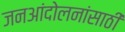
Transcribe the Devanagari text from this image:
जनआंदोलनांसाठी